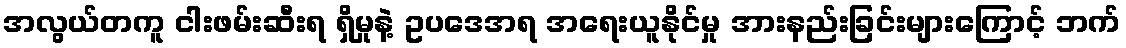
အလွယ်တကူ ငါးဖမ်းဆီးရ ရှိမှုနဲ့ ဥပဒေအရ အရေးယူနိုင်မှု အားနည်းခြင်းများကြောင့် ဘက်